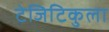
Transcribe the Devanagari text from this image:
टेजिटिकुला